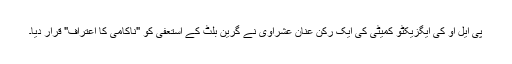
پی ایل او کی ایگزیکٹو کمیٹی کی ایک رکن عنان عشراوی نے گرین بلٹ کے استعفی کو "ناکامی کا اعتراف" قرار دیا۔